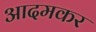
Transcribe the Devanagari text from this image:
आदमकर